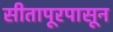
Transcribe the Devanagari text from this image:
सीतापूरपासून